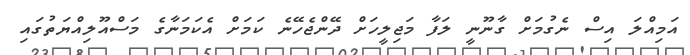
އަމިއްލަ އިސް ނެގުމަށް ގާނޫނީ ލަފާ މަޖިލީހަށް ދޭންޖެހޭނެ ކަމަށް އެކަމަނާގެ މަސްއޫލިއްޔަތުގައި